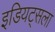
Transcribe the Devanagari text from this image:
इडियट्सला